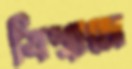
বিশ্বাসে